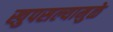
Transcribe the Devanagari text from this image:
खुपसल्यामुळे